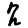
Digit: 2